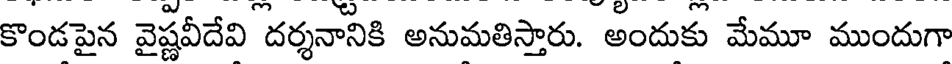
కొండపైన వైష్ణవీదేవి దర్శనానికి అనుమతిస్తారు. అందుకు మేమూ ముందుగా